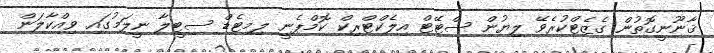
ޤާނޫނީގޮތުން ގެޒެޓްކުރެވޭ ލިޔުން ސްޓޭޓް އިލެކްޓްރިކް ކޮމްޕެނީ ލިމިޓެޑް ސިޓީލާ ނީލަމުގައި ވިއްކާލަން